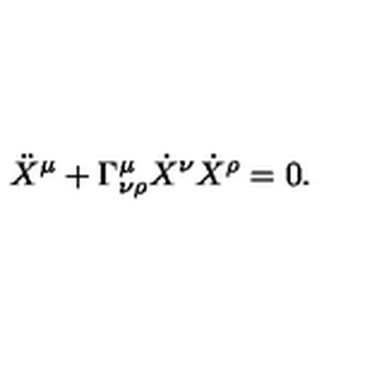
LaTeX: \ddot { X } ^ { \mu } + \Gamma _ { \nu \rho } ^ { \mu } \dot { X } ^ { \nu } \dot { X } ^ { \rho } = 0 .